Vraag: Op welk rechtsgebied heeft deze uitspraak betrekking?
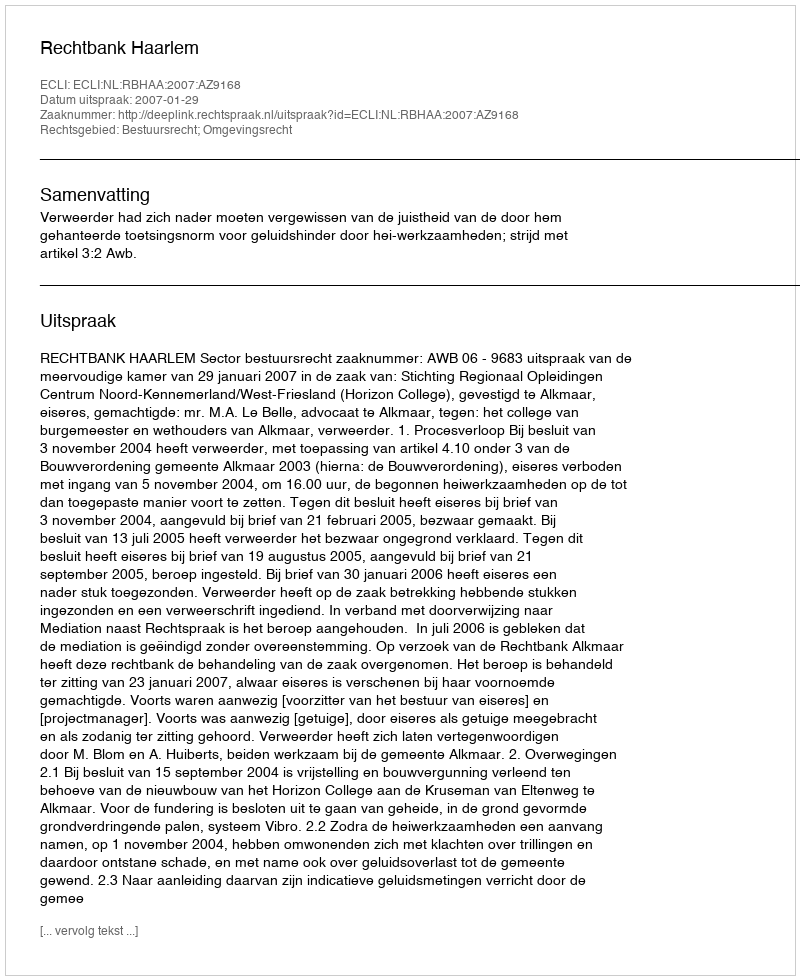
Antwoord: Bestuursrecht; Omgevingsrecht